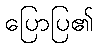
ပြောပြ၏